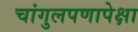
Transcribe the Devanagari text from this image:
चांगुलपणापेक्षा